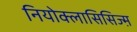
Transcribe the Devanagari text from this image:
नियोक्लासिसिज्म़